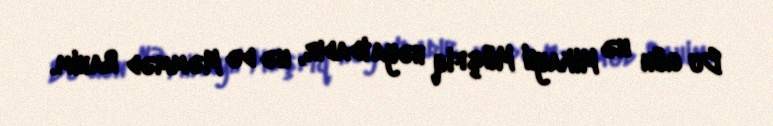
Bu gün nə Mikayıl Müşfiq həyatdadır, nə də Məmməd Rahim.